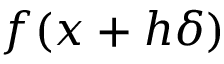
f ( { \boldsymbol { x } } + h { \boldsymbol { \delta } } )